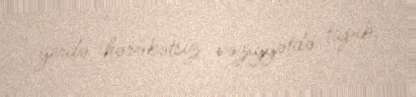
yerdə hərəkətsiz vəziyyətdə tapıb.